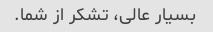
بسیار عالی، تشکر از شما.